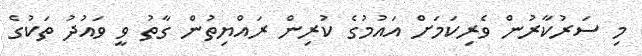
މި ސަރުކާރުން ވެރިކަމަށް އައުމުގެ ކުރިން ރައްޔިތުން ގާތު ވީ ވައުދު ތަކުގެ